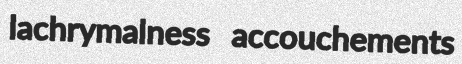
lachrymalness accouchements